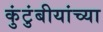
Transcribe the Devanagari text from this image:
कुंटुंबीयांच्या